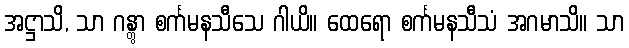
အဋ္ဌာသိ, သာ ဂန္တွာ စင်္ကမနသီသေ ဂါယိ။ ထေရော စင်္ကမနသီသံ အဂမာသိ။ သာ